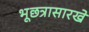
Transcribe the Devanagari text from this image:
भूछत्रासारखे